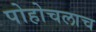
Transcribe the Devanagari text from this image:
पोहोचलाच